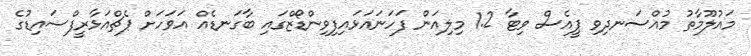
މައުލޫމާތު މުއްސަނދިވި ޕީއެސް ވިޓާ 1.2 މިލިއަން ފަހަނައަޅައިފިވިންޑޯޒްގައި ބާގަނޑެއް އަވަހަށް ޕެޗްއަޅާރީފްސައިޑުގެ